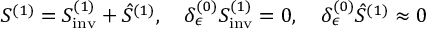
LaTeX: S ^ { ( 1 ) } = S _ { \mathrm { i n v } } ^ { ( 1 ) } + \hat { S } ^ { ( 1 ) } , \quad \delta _ { \epsilon } ^ { ( 0 ) } S _ { \mathrm { i n v } } ^ { ( 1 ) } = 0 , \quad \delta _ { \epsilon } ^ { ( 0 ) } \hat { S } ^ { ( 1 ) } \approx 0